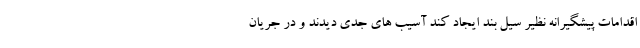
اقدامات پیشگیرانه نظیر سیل بند ایجاد کند آسیب های جدی دیدند و در جریان